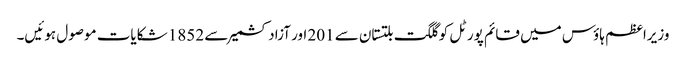
وزیراعظم ہاؤس میں قائم پورٹل کو گلگت بلتستان سے 201 اور آزاد کشمیر سے 1852 شکایات موصول ہوئیں۔